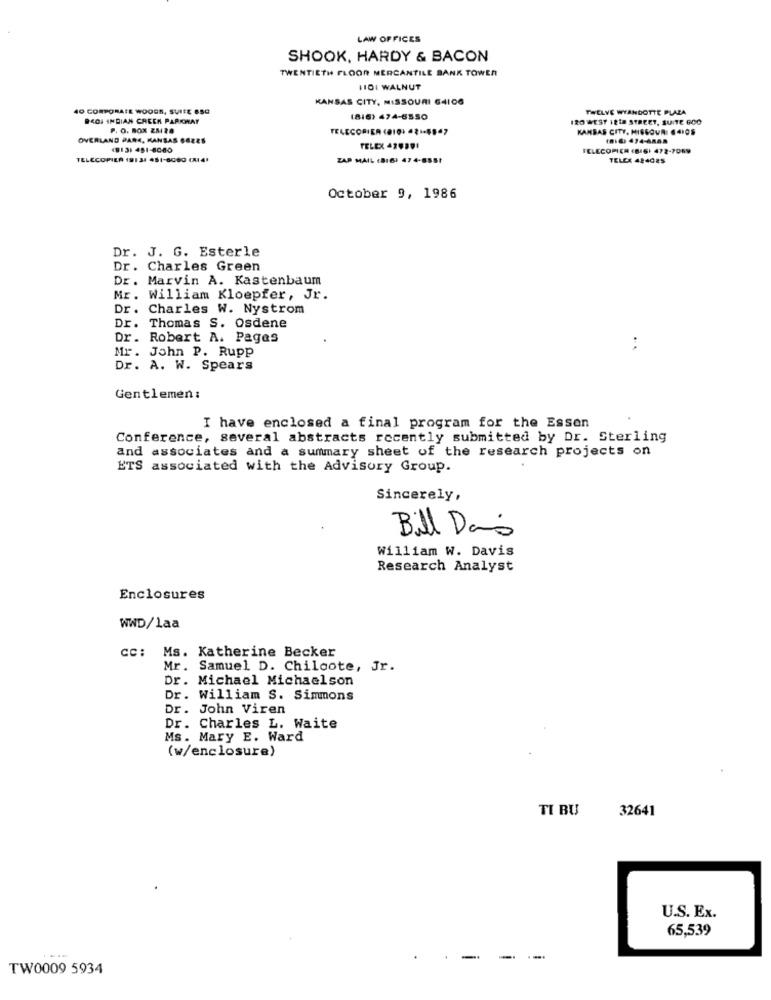
LAW OFFICES
SHOOK, HARDY & BACON
TWENTIETH FLOOR MERCANTILE BANK TOWER
110: WALNUT
KANSAS CITY, MISSOURI 64106
40 CORPORATE WOODS, SUITE @SC
TWELVE WYANDOTTE PLAZA
BIOI INDIAN CREEK PARKWAY
(816) 474-6550
120 WEST IEin STREET, SUITE GOO
P. O. BOX ZMI8
TELECORIER (810: 421-6547
KANSAS CITY. MISSOUR .4IOS
OVERLAND PARK, KANSAS 66ZES
1913: 481-8080
TELEX 476391
FELECOPIER (BIS) 472-7069
TELECOPIEA 19131 451-6060 (A141
ZAP MAIL (816) 474-8551
TELEX 424025
October 9, 1986
Dr. J. G. Esterle
Dr. Charles Green
Dr. Marvin A. Kastenbaum
Mr. William Kloepfer, Jr.
Dr. Charles W. Nystrom
Dr. Thomas S. Osdene
Dr. Robert A. Pages
Mr. John P. Rupp
Dr. A. W. Spears
Gentlemen:
I have enclosed a final program for the Essen
Conference, several abstracts recently submitted by Dr. Sterling
and associates and a summary sheet of the research projects on
ETS associated with the Advisory Group.
Sincerely,
Bill Dann
William W. Davis
Research Analyst
Enclosures
WWD/laa
CC: Ms. Katherine Becker
Mr. Samuel D. Chiloote, Jr.
Dr. Michael Michaelson
Dr. William S. Simmons
Dr. John Viren
Dr. Charles L. Waite
Ms. Mary E. Ward
(w/enclosure)
TI BU
32641
U.S. Ex.
65,539
-
-
--..
TW0009 5934